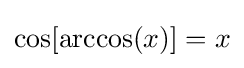
\cos[\arccos(x)]=x